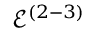
\mathcal { E } ^ { ( 2 - 3 ) }